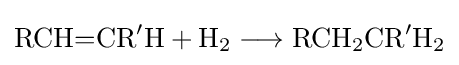
{\mathrm {RCH} {=}\mathrm {CR} {\vphantom {A}}^{\prime }\mathrm {H} {}+{}\mathrm {H} {\vphantom {A}}_{\smash[{t}]{2}}{}\mathrel {\longrightarrow } {}\mathrm {RCH} {\vphantom {A}}_{\smash[{t}]{2}}\mathrm {CR} {\vphantom {A}}^{\prime }\mathrm {H} {\vphantom {A}}_{\smash[{t}]{2}}}